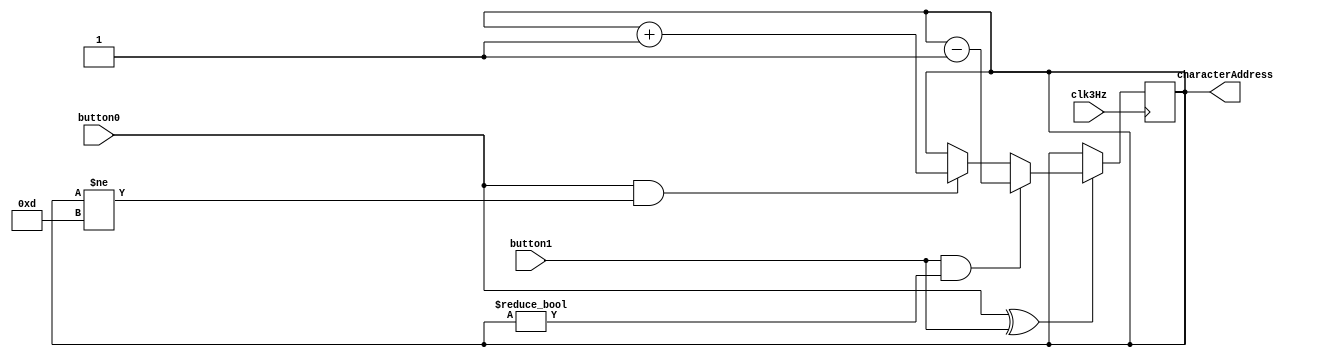
module userInput(button1, button0, characterAddress, clk3Hz);

input button1, button0, clk3Hz;
output reg [3:0] characterAddress;

always @ (posedge clk3Hz)
	begin	
		if( button0 ^ button1 == 1)
			begin
				if (button1 == 1 && characterAddress != 4'b0000)
					characterAddress = characterAddress - 4'b0001;
				else if (button0 == 1 && characterAddress != 4'b1101)
					characterAddress = characterAddress + 4'b0001;
				else;
			end
	end

endmodule